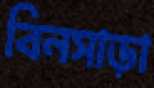
বিনসাড়া